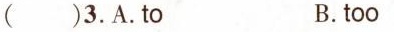
()3.A.To B.too